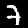
Label: 7